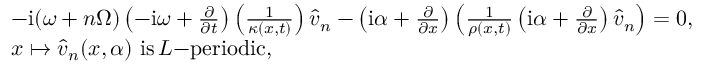
\begin{array} { r l } & { - \mathrm { i } { ( \omega + n \Omega ) } \left( - \mathrm { i } \omega + \frac { \partial } { \partial t } \right) \left( \frac { 1 } { \kappa ( x , t ) } \right) \Hat { v } _ { n } - \left( \mathrm { i } \alpha + \frac { \partial } { \partial x } \right) \left( \frac { 1 } { \rho ( x , t ) } \left( \mathrm { i } \alpha + \frac { \partial } { \partial x } \right) \Hat { v } _ { n } \right) = 0 , } \\ & { x \mapsto \Hat { v } _ { n } ( x , \alpha ) \, \, \mathrm { i s } \, L \mathrm { - p e r i o d i c } , } \end{array}